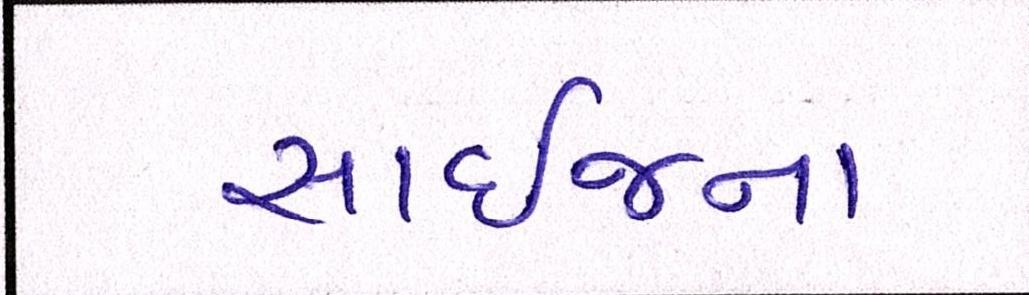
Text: સાઈજના